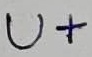
Text: U+